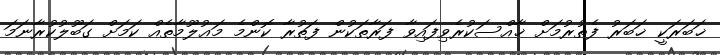
ޚަބަރަކީ ޚަބަރު ފެތުރުމަށް ޚާއްސަކުރެވިފައިވާ ފަރާތަކުން ފަތުރާ ކޮންމެ މަޢުލޫމާތެއް ކަމަށް ގަބޫލުކުރާނަމަ